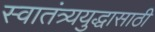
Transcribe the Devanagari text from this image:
स्वातंत्र्ययुद्धासाठी